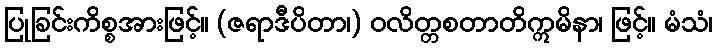
ပြုခြင်းကိစ္စအားဖြင့်။ (ဇရာဒီပိတာ၊) ဝလိတ္တစတာတိဣမိနာ၊ ဖြင့်။ မံသံ၊